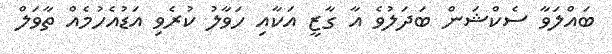
ބައްލަވާ ސެކްޝަން ބަދަލުވެ އާ ގާޒީ އަކާއި ހަވާލު ކުރެވި އަޑުއެހުމެއް ތާވަލް